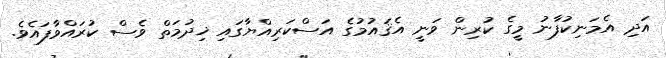
އަދި އެމަނިކުފާނު މީގެ ކުރިން ވަނީ އެޤައުމުގެ އަސްކަރިއްޔާގައި ޚިދުމަތް ވެސް ކުރައްވާފައެވެ.